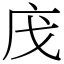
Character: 㡲